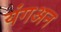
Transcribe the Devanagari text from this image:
यंगअन